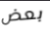
بعض